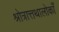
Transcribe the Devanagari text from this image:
श्रोत्रात्तथालोकाँ